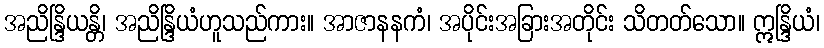
အညိန္ဒြိယန္တိ၊ အညိန္ဒြိယံဟူသည်ကား။ အာဇာနနကံ၊ အပိုင်းအခြားအတိုင်း သိတတ်သော။ ဣန္ဒြိယံ၊